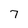
Character: 7